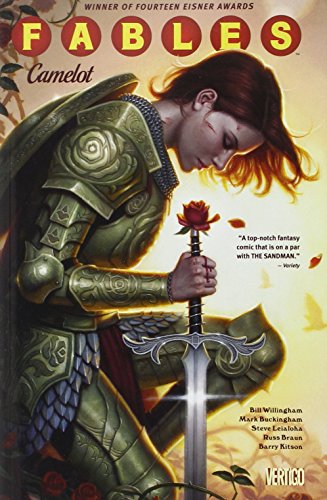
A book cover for Fables Vol. 20: Camelot; Bill Willingham; Comics & Graphic Novels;